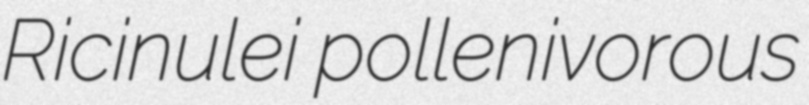
Ricinulei pollenivorous